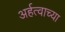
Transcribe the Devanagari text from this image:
अर्हत्वाच्या